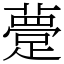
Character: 䠢